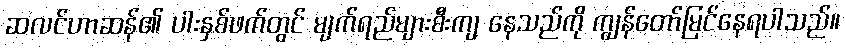
ဆလင်ဟာဆန်၏ ပါးနှစ်ဖက်တွင် မျက်ရည်များစီးကျ နေသည်ကို ကျွန်တော်မြင်နေရပါသည်။